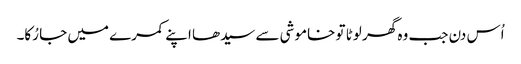
اُس دن جب وہ گھر لوٹا تو خاموشی سے سیدھا اپنے کمرے میں جا رُکا۔